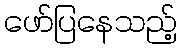
ဖော်ပြနေသည့်